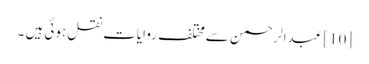
[10] عبدالرحمن سےمختلف روایات نقل ہوئی ہیں ۔